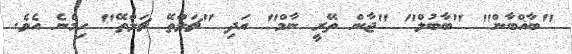
"ބާޣްބާން" "ބާބުލް" "ޖާން ތޭރީ ނާމް" އަދި "ޗަލްތޭ ޗަލްތޭ" ހިމެނެ އެވެ.